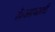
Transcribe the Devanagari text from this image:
है।आजादी